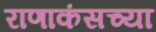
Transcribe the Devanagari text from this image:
राणाकंसच्या